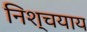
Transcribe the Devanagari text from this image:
निश्चयाय